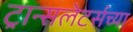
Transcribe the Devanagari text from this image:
ट्रान्सलेटर्सच्या